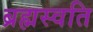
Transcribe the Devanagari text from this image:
ब्रह्मस्वति